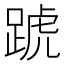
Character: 𨂜